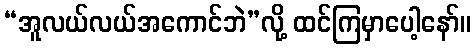
“အူလယ်လယ်အကောင်ဘဲ”လို့ ထင်ကြမှာပေါ့နော်။